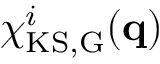
\chi _ { \mathrm { K S , \vec { G } } } ^ { i } ( \mathbf { q } )